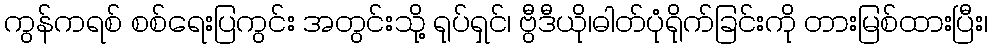
ကွန်ကရစ် စစ်ရေးပြကွင်း အတွင်းသို့ ရုပ်ရှင်၊ ဗွီဒီယို၊ဓါတ်ပုံရိုက်ခြင်းကို တားမြစ်ထားပြီး၊